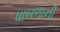
ધાબળાની